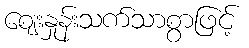
ဈေးနှုန်းသက်သာစွာဖြင့်